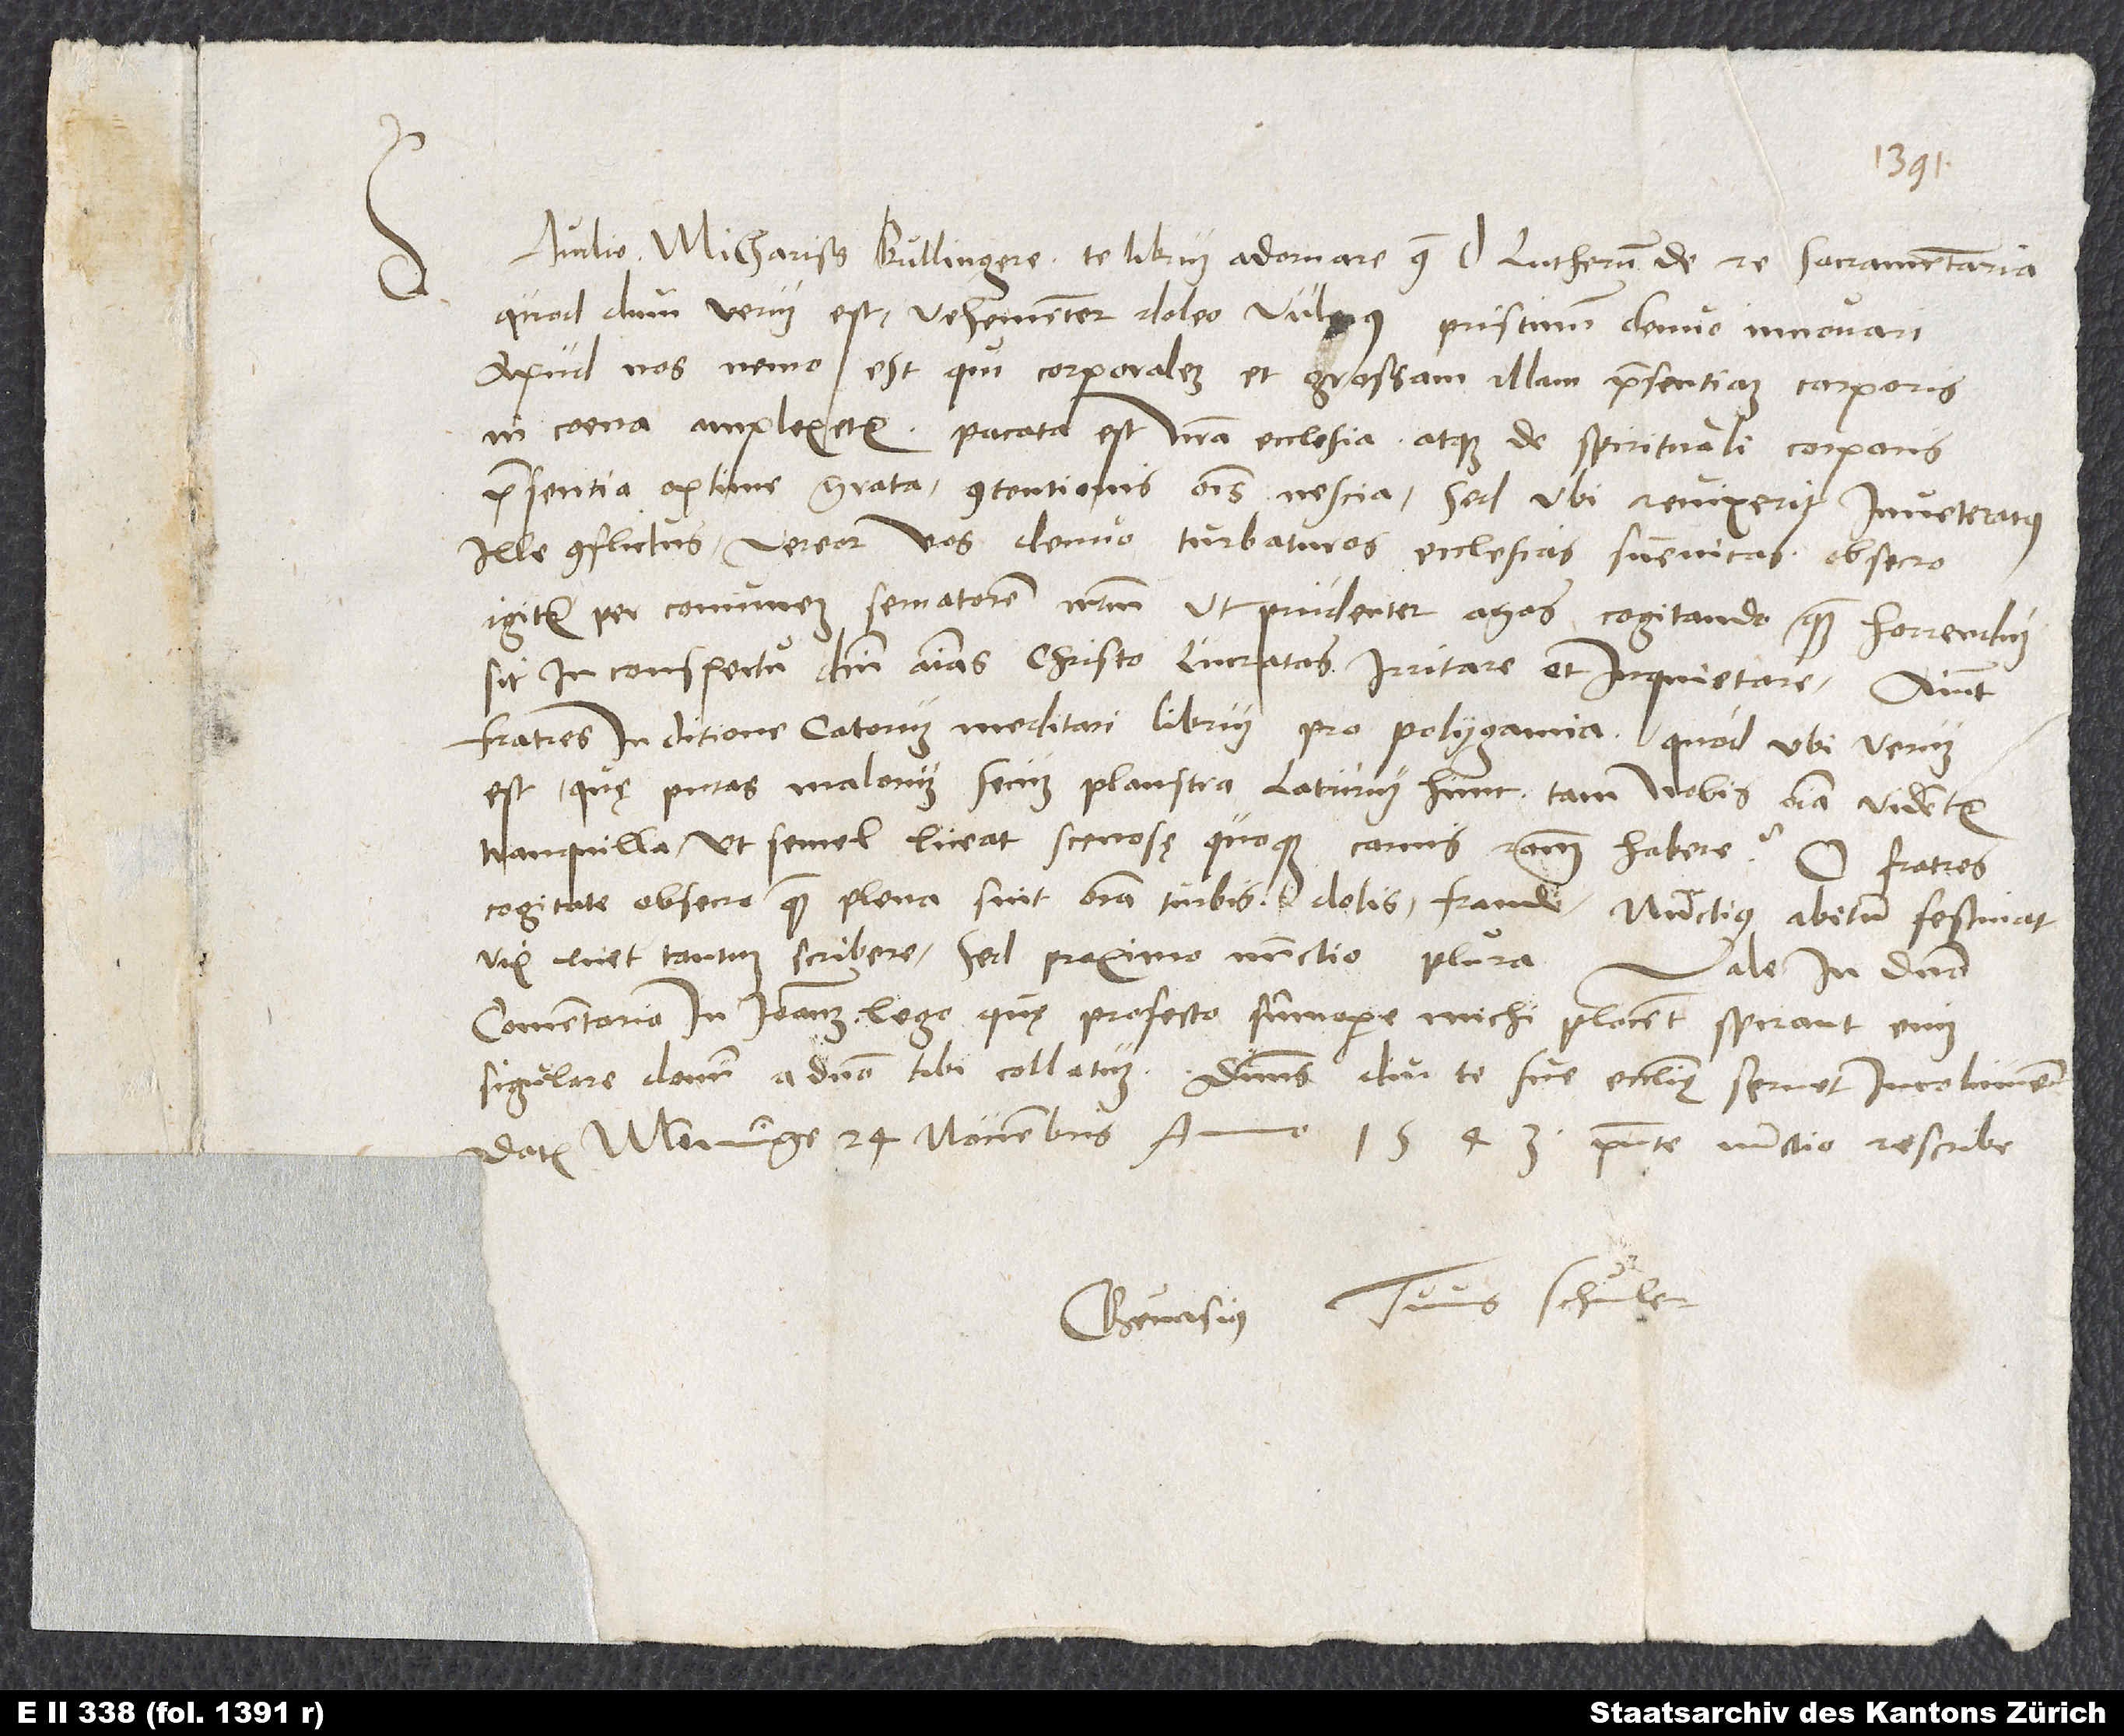
Audio, mi charissime Bullingere, te librum adornare contra d. Lutherum de re sacramentaria.
Quod dum verum est, vehementer doleo vulnus pristinum denuo innovari.
Apud nos nemo est, qui corporalem et grossam illam praesentiam corporis
in coena amplexetur. Pacata est nostra ecclesia atque de spirituali corporis
praesentia optime grata, contentionis omnis nescia. Sed ubi revixerit inveteratus
ille conflictus, vereor vos denuo turbaturos ecclesias Svevicas. Obsecro
igitur per communem servatorem nostrum, ut prudenter agas, cogitando quam horrendum
sit in conspectu domini animas Christo lucratas irritare et inquietare. Aiunt
fratres in ditione Catorum meditari librum pro polygamia. Quod ubi verum
est, quę putas malorum secum plaustra laturum hunc? Tam nobis omnia videntur
tranquilla, ut semel liceat stercosę quoque carnis rationem habere? O fratres,
cogitate, obsecro, quam plena sint omnia turbis, dolis, fraude! Nunctius abitum festinat;
vix licet tantum scribere. Sed proximo nunctio plura.
Vale in domino.
Comentaria in Ioannem lego, quę profecto summopere mihi placent; spirant enim
singulare donum a domino tibi collatum. Dominus diu te sue ecclesię servet incolumem.
Datum Memminge, 24. novembris anno 1543. Praesente nunctio rescribe.
Gervasius tuus Schuler.